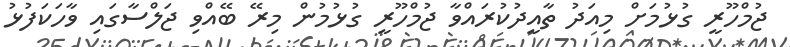
ޖުމްހޫރީ ގުޅުމަށް މިއަދު ތާއީދުކުރައްވާ ޖުމްހޫރީ ގުޅުމުން މިރޭ ބޭއްވި ޖަލްސާގައި ވާހަކަފުޅު